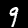
Label: 9